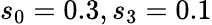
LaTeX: s_{0}=0.3,s_{3}=0.1